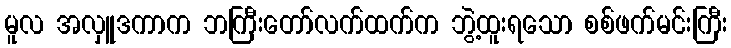
မူလ အလှူဒကာက ဘကြီးတော်လက်ထက်က ဘွဲ့ထူးရသော စစ်ဖက်မင်းကြီး